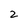
Character: 2